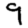
Digit: 9